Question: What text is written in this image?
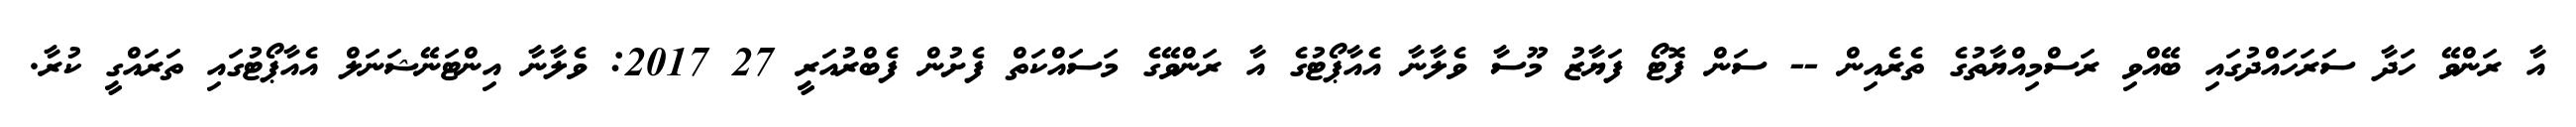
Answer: އާ ރަންވޭ ހަދާ ސަރަހައްދުގައި ބޭއްވި ރަސްމިއްޔާތުގެ ތެރެއިން -- ސަން ފޮޓޯ ފަޔާޒު މޫސާ ވެލާނާ އެއާޕޯޓުގެ އާ ރަންވޭގެ މަސައްކަތް ފެށުން ފެބްރުއަރީ 27 2017: ވެލާނާ އިންޓަނޭޝަނަލް އެއާޕޯޓުގައި ތަރައްގީ ކުރާ.